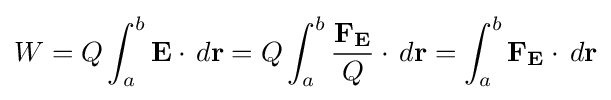
W=Q\int _{a}^{b}\mathbf {E} \cdot \,d\mathbf {r} =Q\int _{a}^{b}{\frac {\mathbf {F_{E}} }{Q}}\cdot \,d\mathbf {r} =\int _{a}^{b}\mathbf {F_{E}} \cdot \,d\mathbf {r}